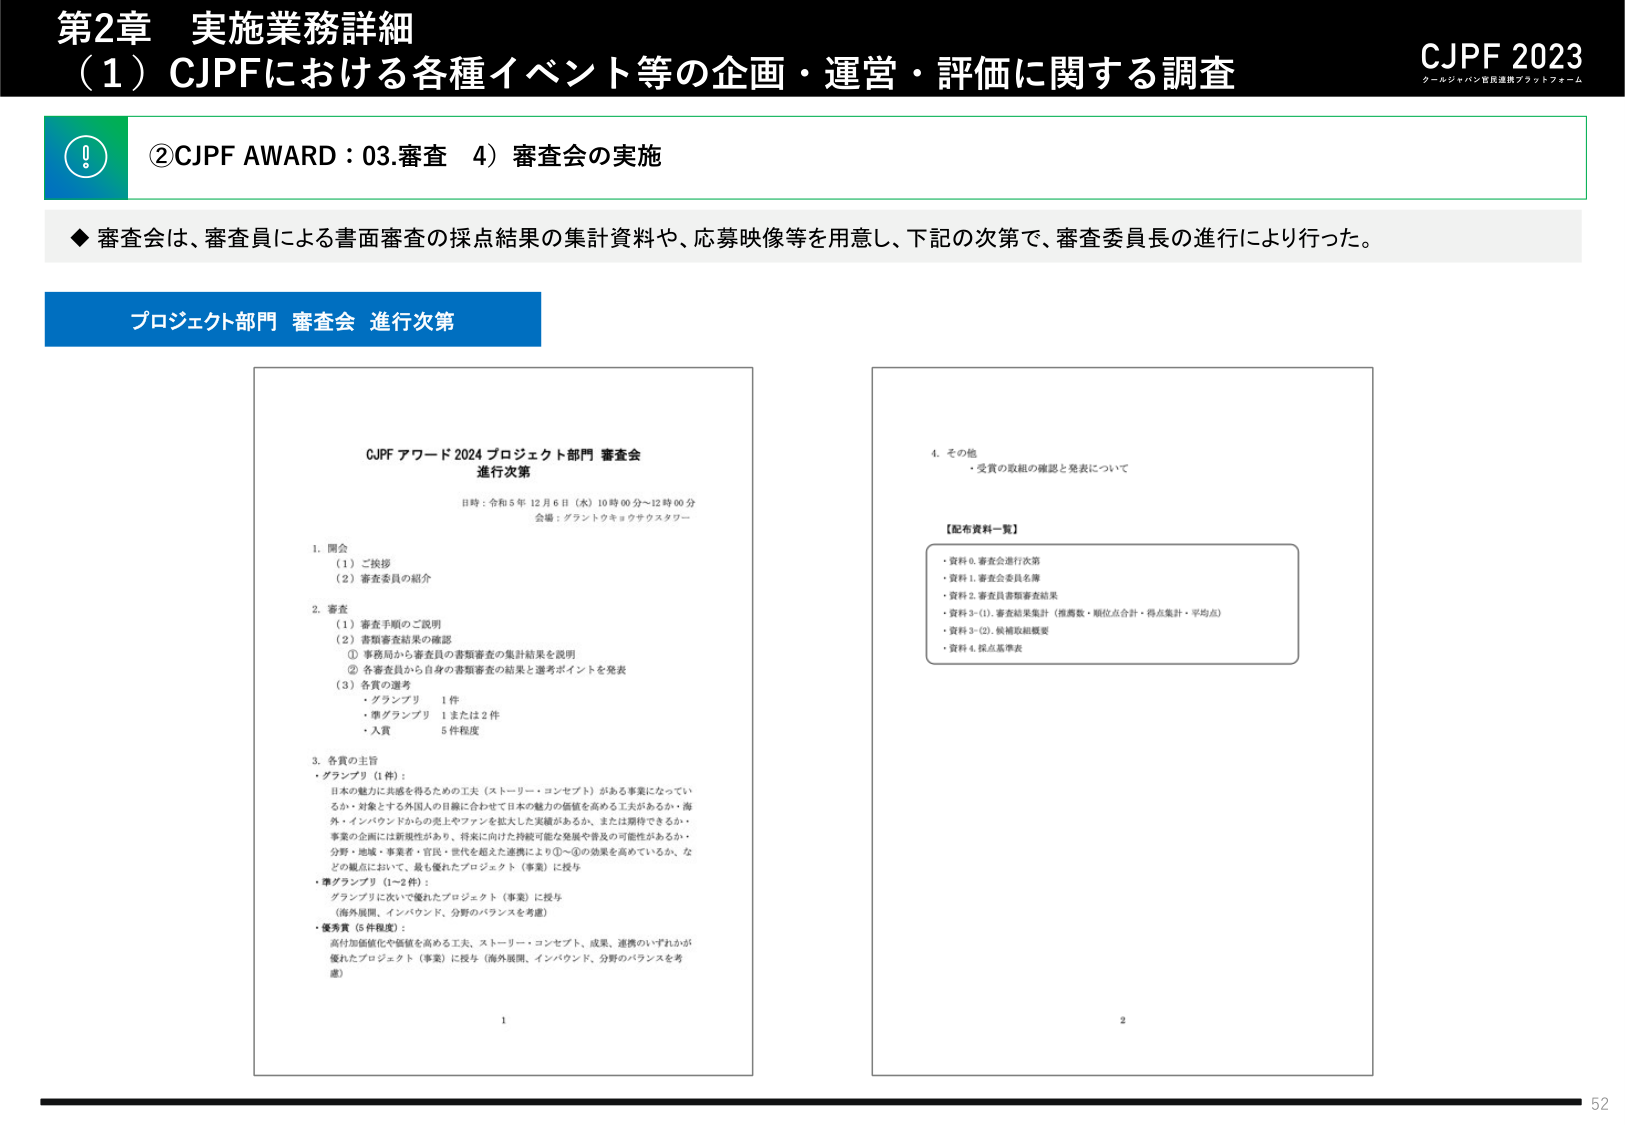
第2章 実施業務詳細
（1）CJPFにおける各種イベント等の企画・運営・評価に関する調査

CJPF 2023
クールジャパン官民連携プラットフォーム

②CJPF AWARD：03.審査 4）審査会の実施

◆審査会は、審査員による書面審査の採点結果の集計資料や、応募映像等を用意し、下記の次第で、審査委員長の進行により行った。

プロジェクト部門 審査会 進行次第

CJPF アワード 2024 プロジェクト部門 審査会
進行次第

日時：令和5年12月6日（水）10時00分～12時00分
会場：グランドクォウサスタワー

1. 開会
（1）ご挨拶
（2）審査委員の紹介

2. 審査
（1）審査手順のご説明
（2）書類審査結果の確認
　① 事務局から審査員の書類審査の集計結果を説明
　② 各審査員から自身の書類審査の結果と選考ポイントを発表
（3）各賞の選考
　・グランプリ　1件
　・準グランプリ　1または2件
　・入賞　5件程度

3. 各賞の主旨
・グランプリ（1件）：
　日本の魅力に共感を得るための工夫（ストーリー・コンセプト）がある事業になってい
　るか・対象とする外国人の目線に合わせて日本の魅力の価値を高める工夫があるか・海
　外・インバウンドからの売上やファンを拡大した実績があるか、または期待できるか・
　事業の企画には新規性があり、将来に向けた持続可能な発展や普及の可能性があるか・
　分野・地域・事業者・官民・世代を超えた連携により①～⑤の効果を高めているか、な
　どの観点において、最も優れたプロジェクト（事業）に授与

・準グランプリ（1～2件）：
　グランプリに次いで優れたプロジェクト（事業）に授与
　（海外展開、インバウンド、分野のバランスを考慮）

・優秀賞（5件程度）：
　高付加価値化や価値を高める工夫、ストーリー・コンセプト、成果、連携のいずれかが
　優れたプロジェクト（事業）に授与（海外展開、インバウンド、分野のバランスを考
　慮）

4. その他
　・受賞の取組の確認と発表について

【配布資料一覧】
・資料0. 審査会進行次第
・資料1. 審査会委員名簿
・資料2. 審査員書類審査結果
・資料3-(1). 審査結果集計（推薦数・順位点合計・得点集計・平均点）
・資料3-(2). 候補取組概要
・資料4. 採点基準表

1
2
52